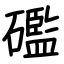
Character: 礛